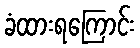
ခံထားရကြောင်း